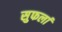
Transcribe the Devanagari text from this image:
सुफलां